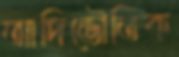
আদিভৌতিক